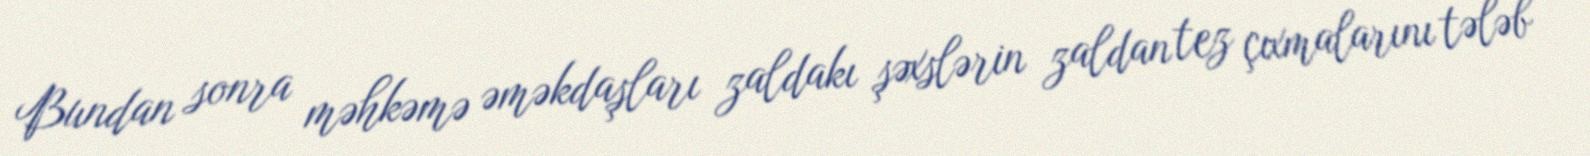
Bundan sonra məhkəmə əməkdaşları zaldakı şəxslərin zaldan tez çıxmalarını tələb